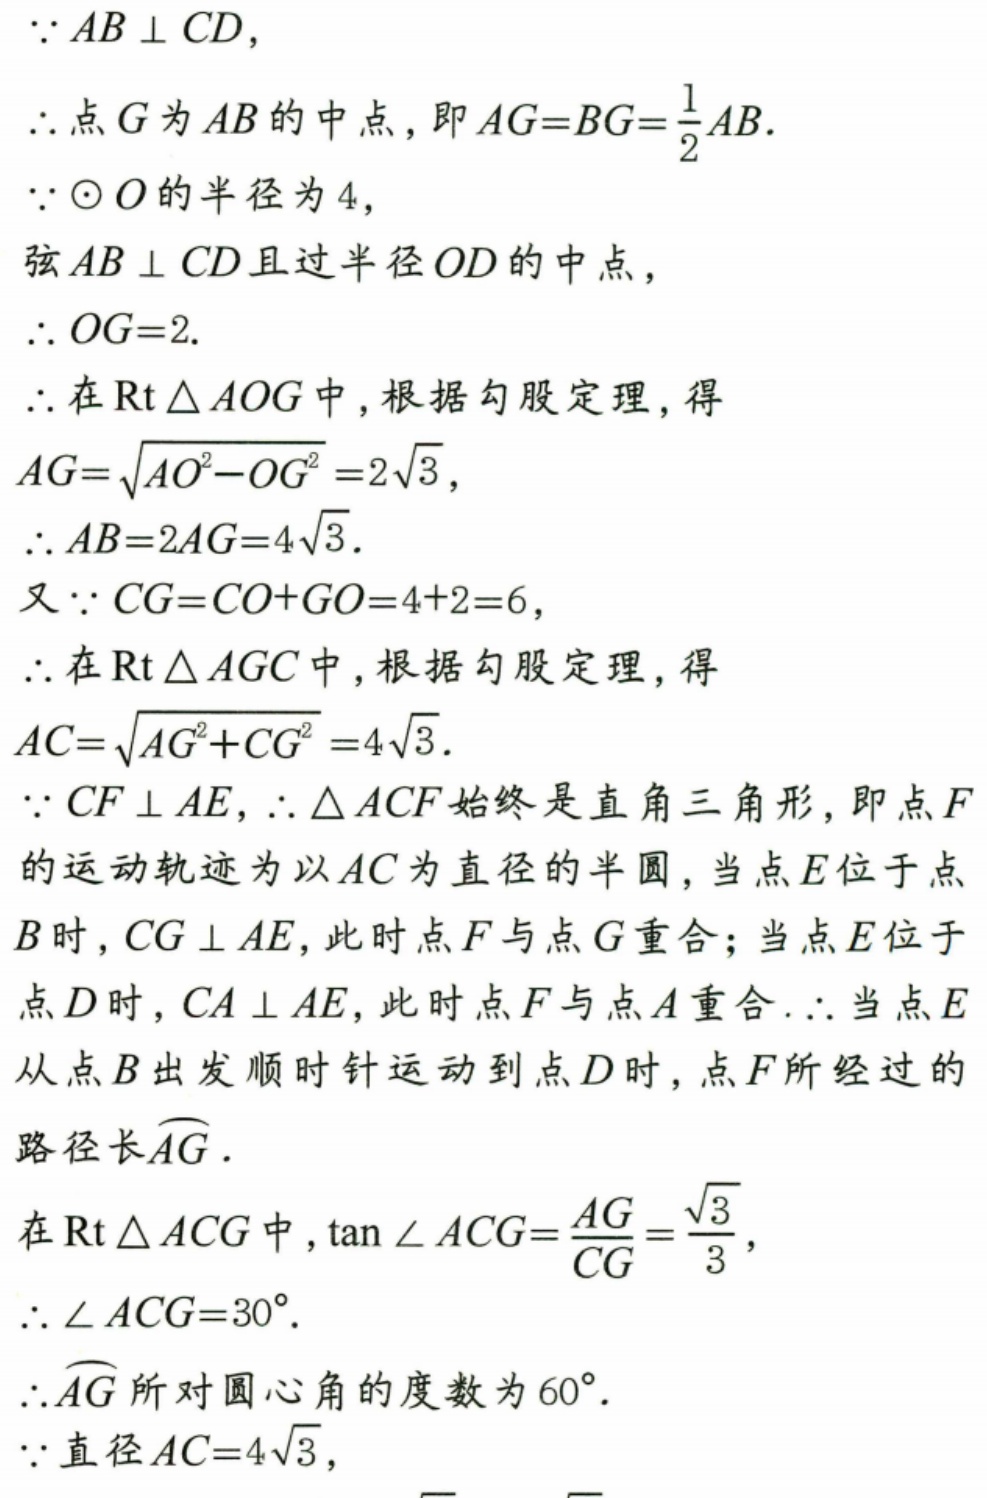
\(\because AB\perp CD\)，
\(\therefore\)点 \(G\) 为 \(AB\) 的中点，即 \(AG = BG=\dfrac{1}{2}AB\).
\(\because\odot O\) 的半径为 \(4\)，
弦 \(AB\perp CD\) 且过半径 \(OD\) 的中点，
\(\therefore OG = 2\).
\(\therefore\) 在 \(\text{Rt}\triangle AOG\) 中，根据勾股定理，得
\(AG = \sqrt{AO^{2}-OG^{2}}=2\sqrt{3}\)，
\(\therefore AB = 2AG = 4\sqrt{3}\).
又 \(\because CG=CO + GO=4 + 2 = 6\)，
\(\therefore\) 在 \(\text{Rt}\triangle AGC\) 中，根据勾股定理，得
\(AC=\sqrt{AG^{2}+CG^{2}} = 4\sqrt{3}\).
\(\because CF\perp AE\)，\(\therefore\triangle ACF\) 始终是直角三角形，即点 \(F\)
的运动轨迹为以 \(AC\) 为直径的半圆，当点 \(E\) 位于点
\(B\) 时，\(CG\perp AE\)，此时点 \(F\) 与点 \(G\) 重合；当点 \(E\) 位于
点 \(D\) 时，\(CA\perp AE\)，此时点 \(F\) 与点 \(A\) 重合.\(\therefore\) 当点 \(E\)
从点 \(B\) 出发顺时针运动到点 \(D\) 时，点 \(F\) 所经过的
路径长 \(\overset{\frown}{AG}\).
在 \(\text{Rt}\triangle ACG\) 中，\(\tan\angle ACG=\dfrac{AG}{CG}=\dfrac{\sqrt{3}}{3}\)，
\(\therefore\angle ACG = 30^{\circ}\).
\(\therefore\overset{\frown}{AG}\) 所对圆心角的度数为 \(60^{\circ}\).
\(\because\) 直径 \(AC = 4\sqrt{3}\)，